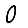
Digit: 0